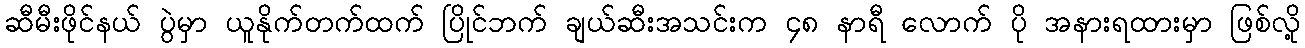
ဆီမီးဖိုင်နယ် ပွဲမှာ ယူနိုက်တက်ထက် ပြိုင်ဘက် ချယ်ဆီးအသင်းက ၄၈ နာရီ လောက် ပို အနားရထားမှာ ဖြစ်လို့